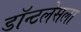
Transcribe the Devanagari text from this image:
डॉन्टलेसला